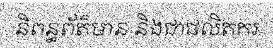
និពន្ធព័ត៌មាន និងជាផលិតករ